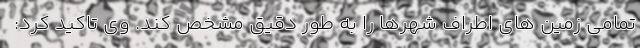
تمامی زمین های اطراف شهرها را به طور دقیق مشخص کند. وی تاکید کرد: